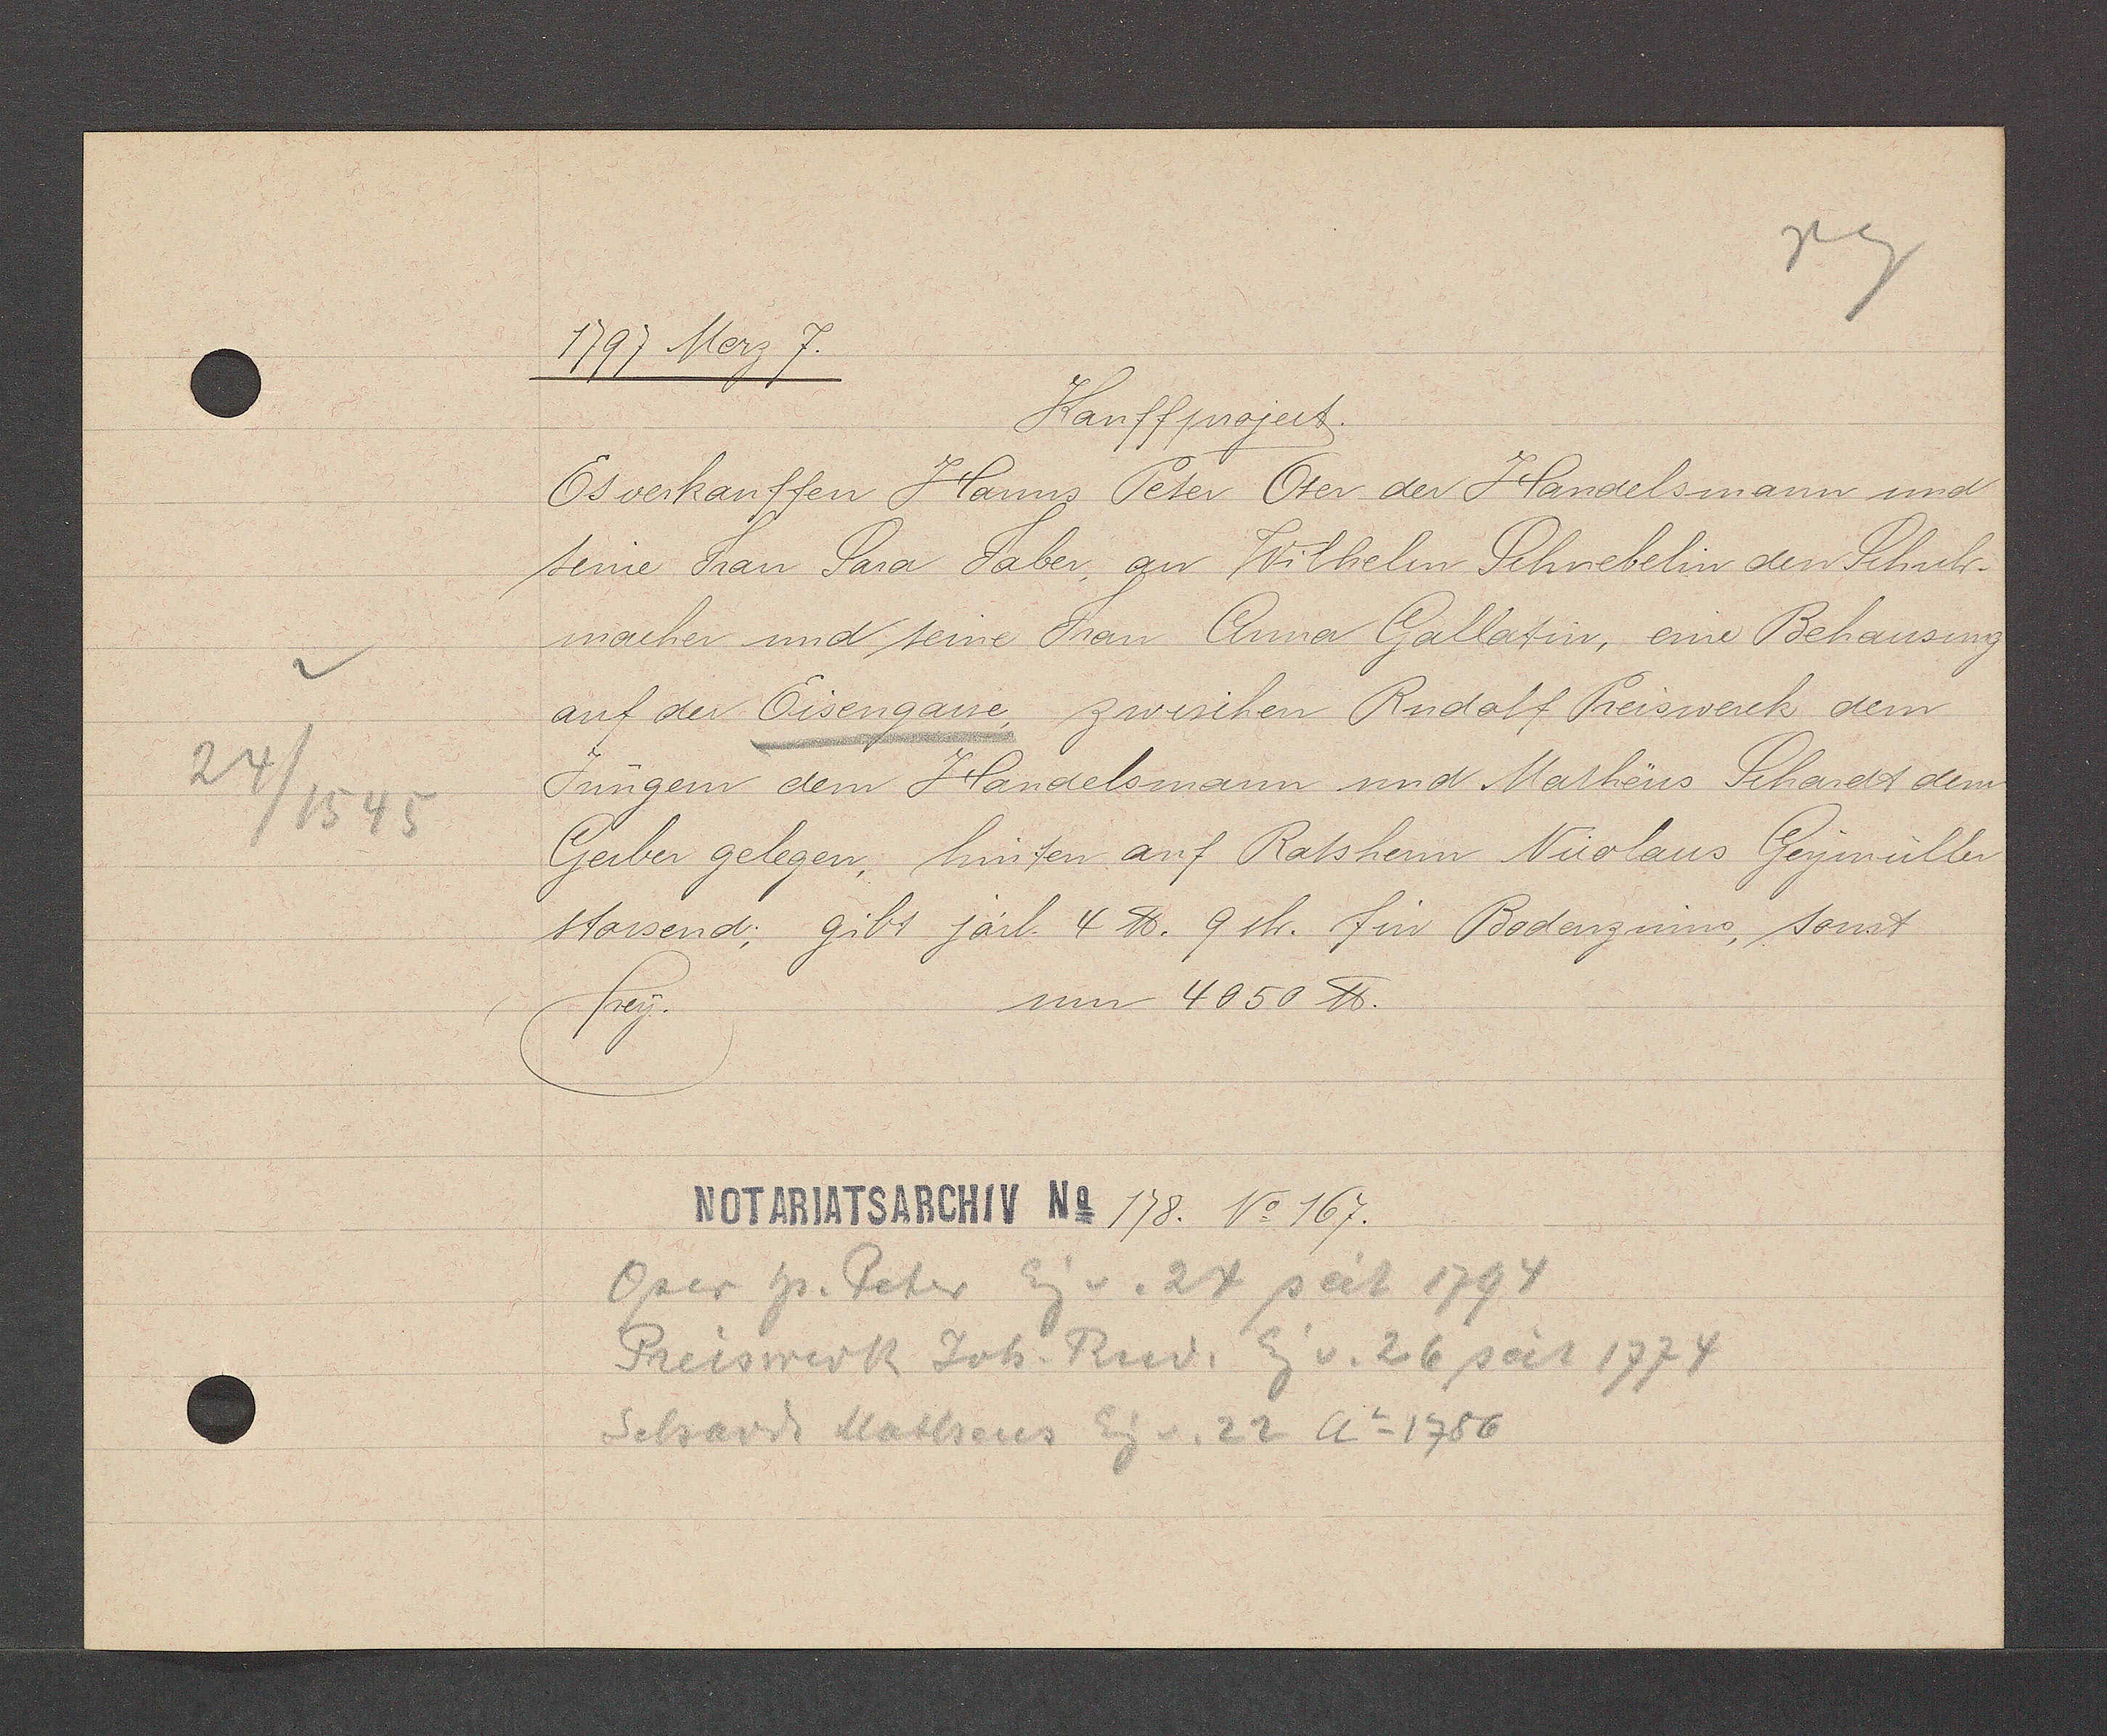
Transcript:
24 / 1545

1797 Merz 7.
Kauffproject.
Es verkauffen Hanns Peter Oser der Handelsmann und
seine Frau Sara Faber, an Wilhelm Schnebelin den Schuh¬
macher und seine Frau Anna Gallatin, eine Behausung
auf der Eisengasse zwischen Rudolf Preiswerck dem
Jungern dem Handelsmann und Matheus Schardt dem
Gerber gelegen; hinten auf Ratsherrn Nicolaus Geymüller
stossend; gibt järl. 4 ℔. 9sh. fur Bodenzinns, sonst
um 4050 ℔.
frey.
178 No 167.
Pser Hs. Peter Eg v. 24 seit 1794
Preiswerk Joh. Rud. Eg v. 26 seit 1774
Schardt Matheus Eg v. 22 Ao 1786